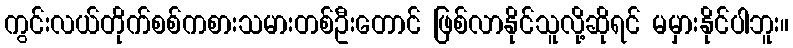
ကွင်းလယ်တိုက်စစ်ကစားသမားတစ်ဦးတောင် ဖြစ်လာနိုင်သူလို့ဆိုရင် မမှားနိုင်ပါဘူး။